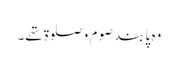
وہ پابند صوم و صلوۃ تھے۔